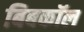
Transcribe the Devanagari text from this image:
बिबकॉल